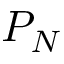
P _ { N }